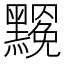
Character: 𪒣